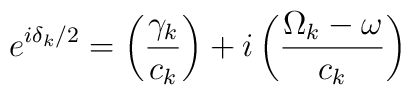
e^{i\delta _k/2}=\left( \frac{\gamma _k}{c_k}\right) +i\left( \frac{\Omega_k-\omega }{c_k}\right)